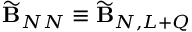
\widetilde { \bf B } _ { N N } \equiv \widetilde { \bf B } _ { N , L + Q }